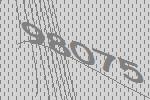
98075